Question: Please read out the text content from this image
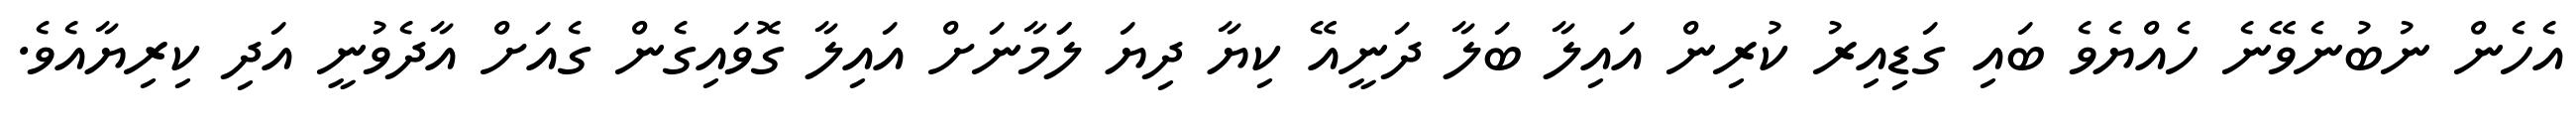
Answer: އެހެން ނުބުނެވޭނެ ހެއްޔެވެ ބައި ގަޑިއިރު ކުރިން އައިލާ ބަލާ ދަނީއޭ ކިޔާ ދިޔަ ލަަމާނަށް އައިލާ ގޮވައިގެން ގެއަށް އާދެވުނީ އަދި ކިރިޔާއެވެ.